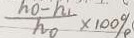
\frac { h _ { 0 } - h _ { 1 } } { h _ { 0 } } \times 1 0 0 \%